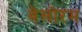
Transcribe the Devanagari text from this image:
बेलोरम